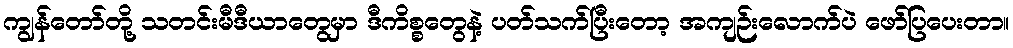
ကျွန်တော်တို့ သတင်းမီဒီယာတွေမှာ ဒီကိစ္စတွေနဲ့ ပတ်သက်ပြီးတော့ အကျဉ်းလောက်ပဲ ဖော်ပြပေးတာ။